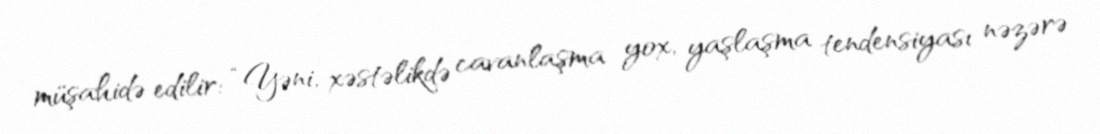
müşahidə edilir: “Yəni, xəstəlikdə cavanlaşma yox, yaşlaşma tendensiyası nəzərə